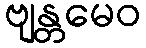
ဗျန္တမေဝ